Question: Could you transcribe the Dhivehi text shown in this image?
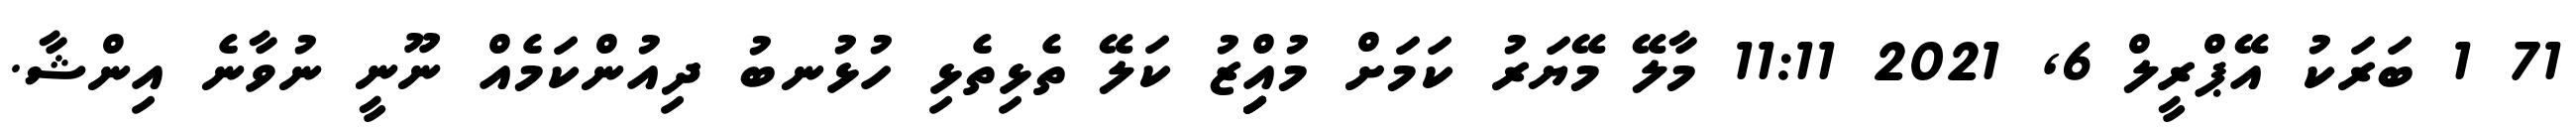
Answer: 71 1 ބަރަކު އޭޕްރީލް 6, 2021 11:11 މާލޭ މޭޔަރު ކަމަށް މުއިިިިިްޒު ކަލޭ ތެޅިތެޅި ހުޅުނބު ދިއުންކަމެއް ނޫނީ ނުވާނެ އިންޝާ.